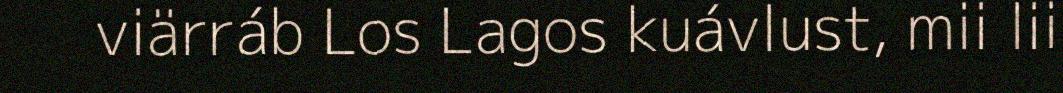
viärráb Los Lagos kuávlust, mii lii